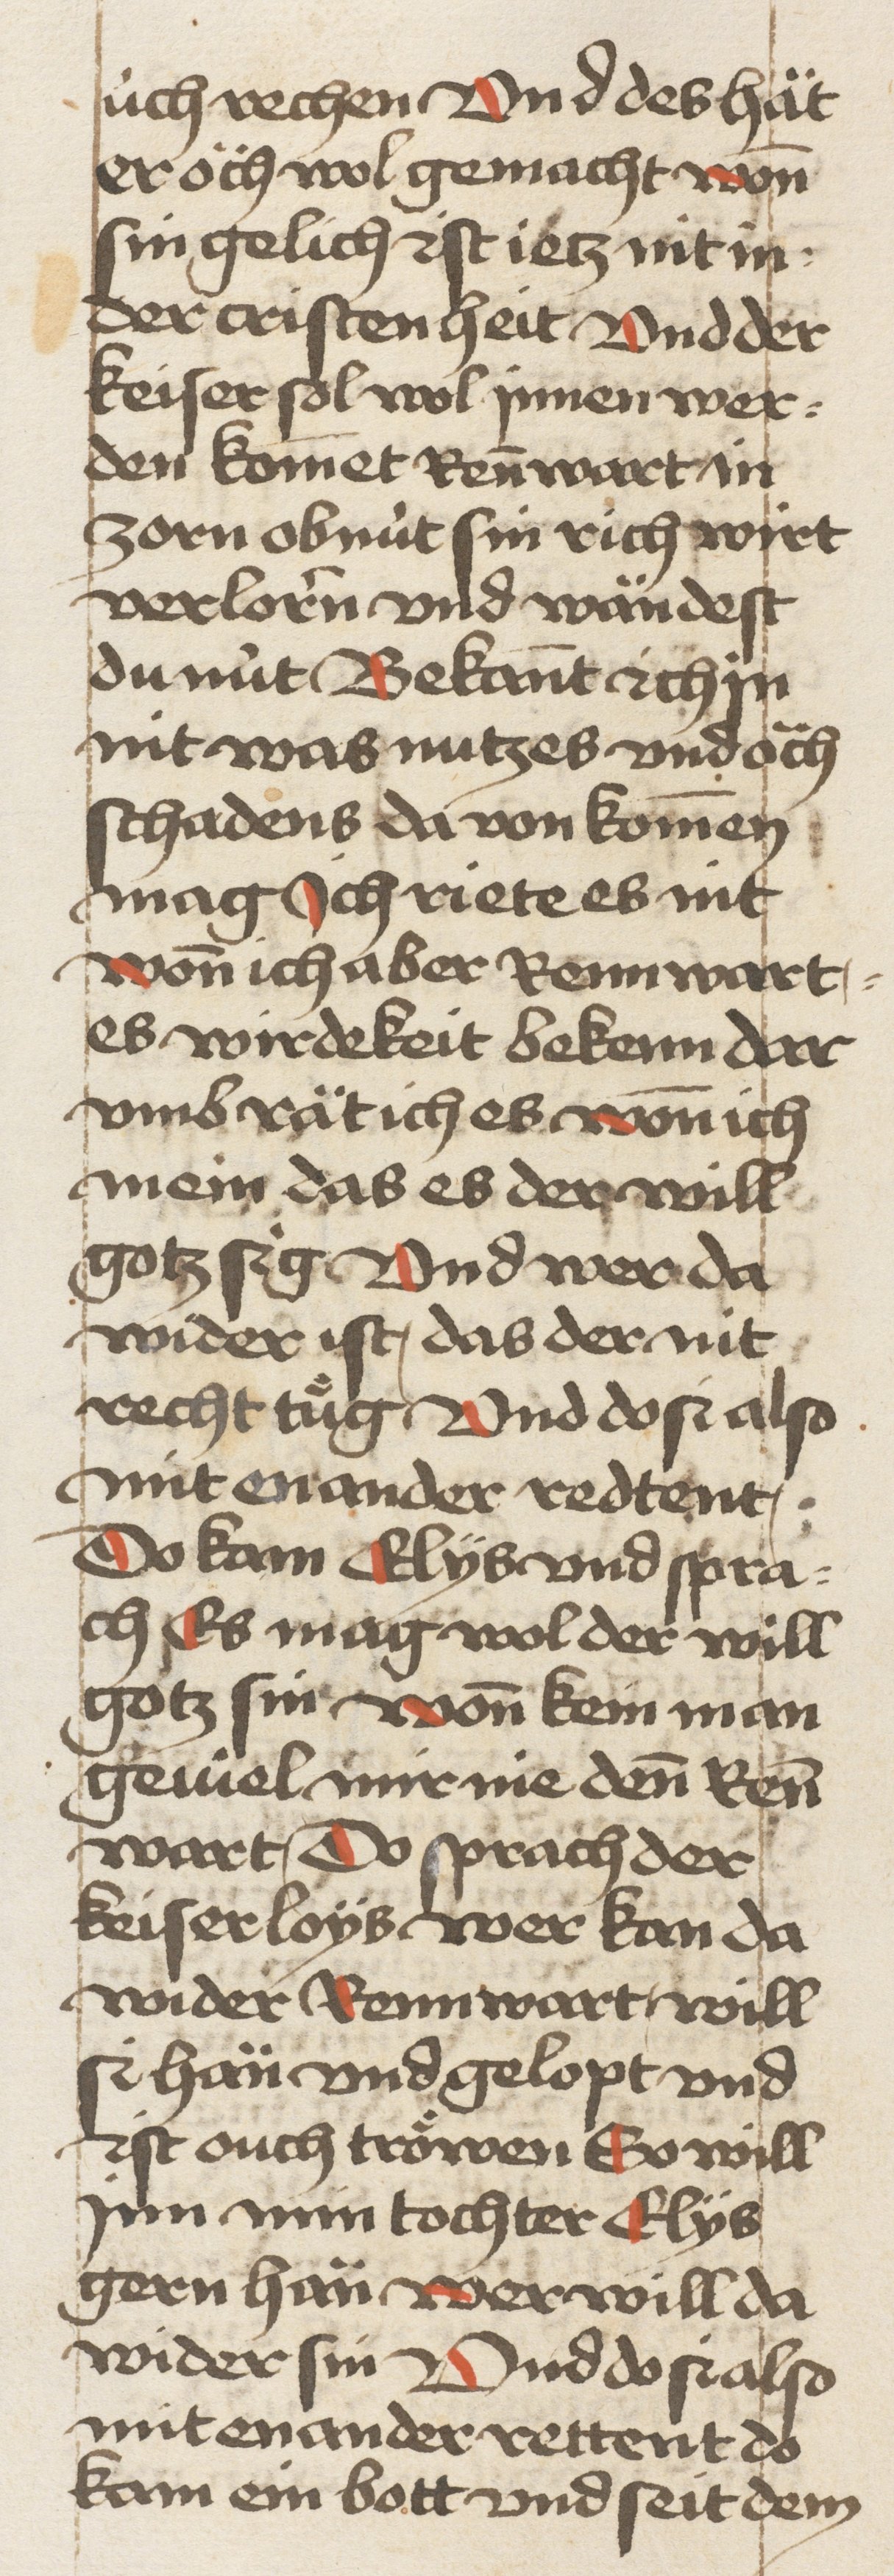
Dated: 1460–1470